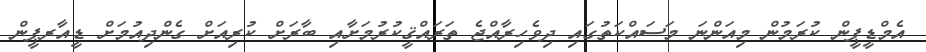
އެމްޑީޕީން ކުރަމުން މިއަންނަ މަސައްކަތުގައި ދިވެހިރާއްޖެ ތަރައްޤީކުރުމަށާއި ބާރަށް ކުރިއަށް ގެންދިއުމަށް ޑީއާރޕީން